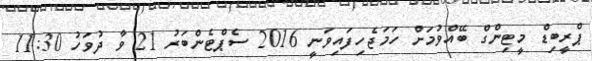
ޕްރީބިޑް މީޓިންގް ބޭއްވުމަށް ހަމަޖެހިފައިވަނީ 2016 ސެޕްޓެންބަރު 21 ވާ ދުވަހު 11:30